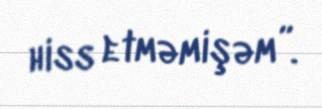
hiss etməmişəm”.